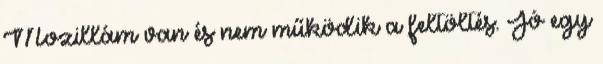
Mozillám van és nem működik a feltöltés. Jó egy